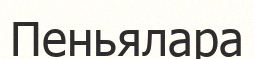
Пеньялара